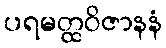
ပရမတ္ထဝိဇာနနံ